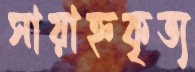
সায়াহ্নকৃত্য